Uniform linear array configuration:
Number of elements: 8
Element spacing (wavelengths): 0.25
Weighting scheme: exponential
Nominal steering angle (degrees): -60
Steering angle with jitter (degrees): -58.751
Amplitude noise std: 0.05
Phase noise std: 0.05

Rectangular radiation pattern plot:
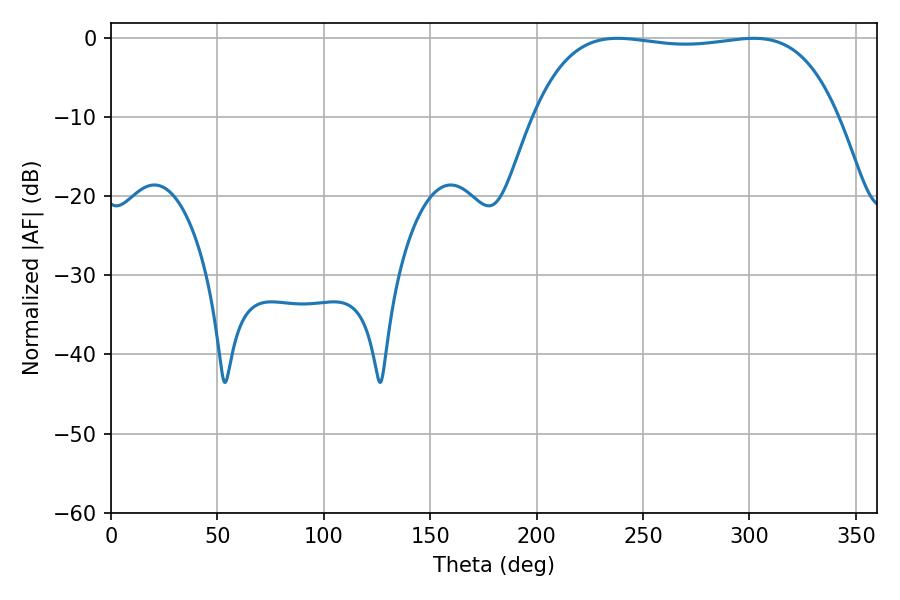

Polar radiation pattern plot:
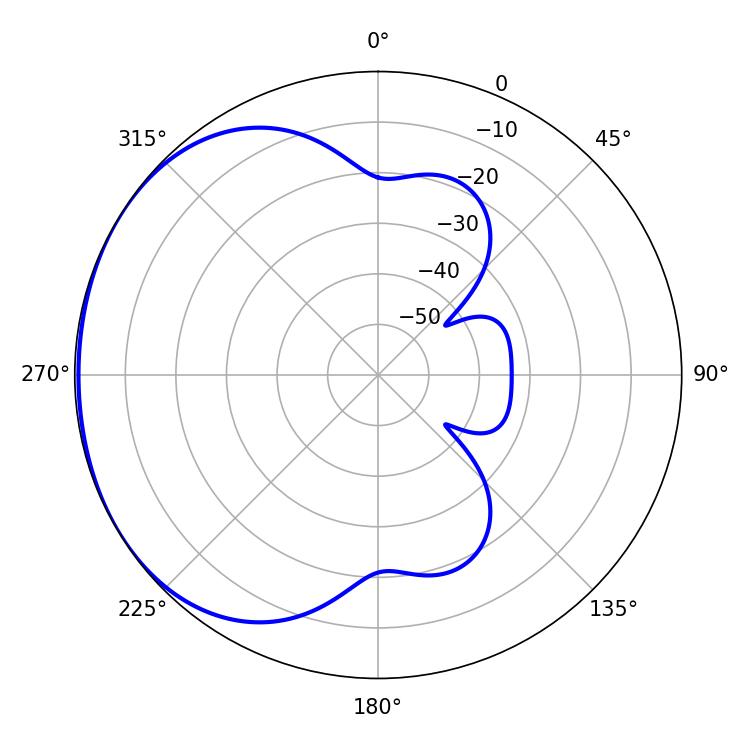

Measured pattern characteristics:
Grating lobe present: FALSE
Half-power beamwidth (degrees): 113.76
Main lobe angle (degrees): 237.96